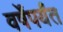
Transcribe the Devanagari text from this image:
वर्षेंपर्यंत